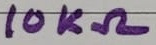
Text: 10KΩ